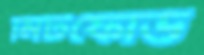
মিটফোর্ড